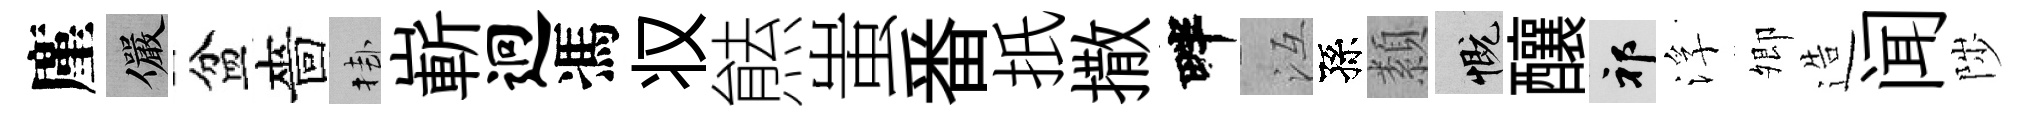
廑儼盆嗇挂嶄迥馮𠬧㷱蚩番扺撒畔冱孫纇慨釀祁浮𡖖造闻陟